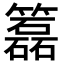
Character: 𥶲